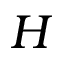
\boldsymbol { H }